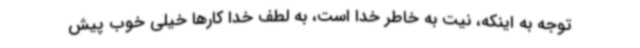
توجه به اینکه، نیت به خاطر خدا است، به لطف خدا کارها خیلی خوب پیش